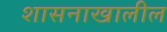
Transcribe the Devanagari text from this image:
शासनाखालील